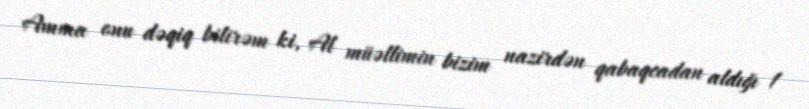
Amma onu dəqiq bilirəm ki, Al müəllimin bizim nazirdən qabaqcadan aldığı 1